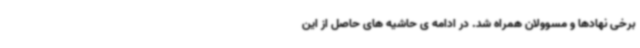
برخی نهادها و مسوولان همراه شد. در ادامه ی حاشیه های حاصل از این